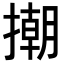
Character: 𢴿